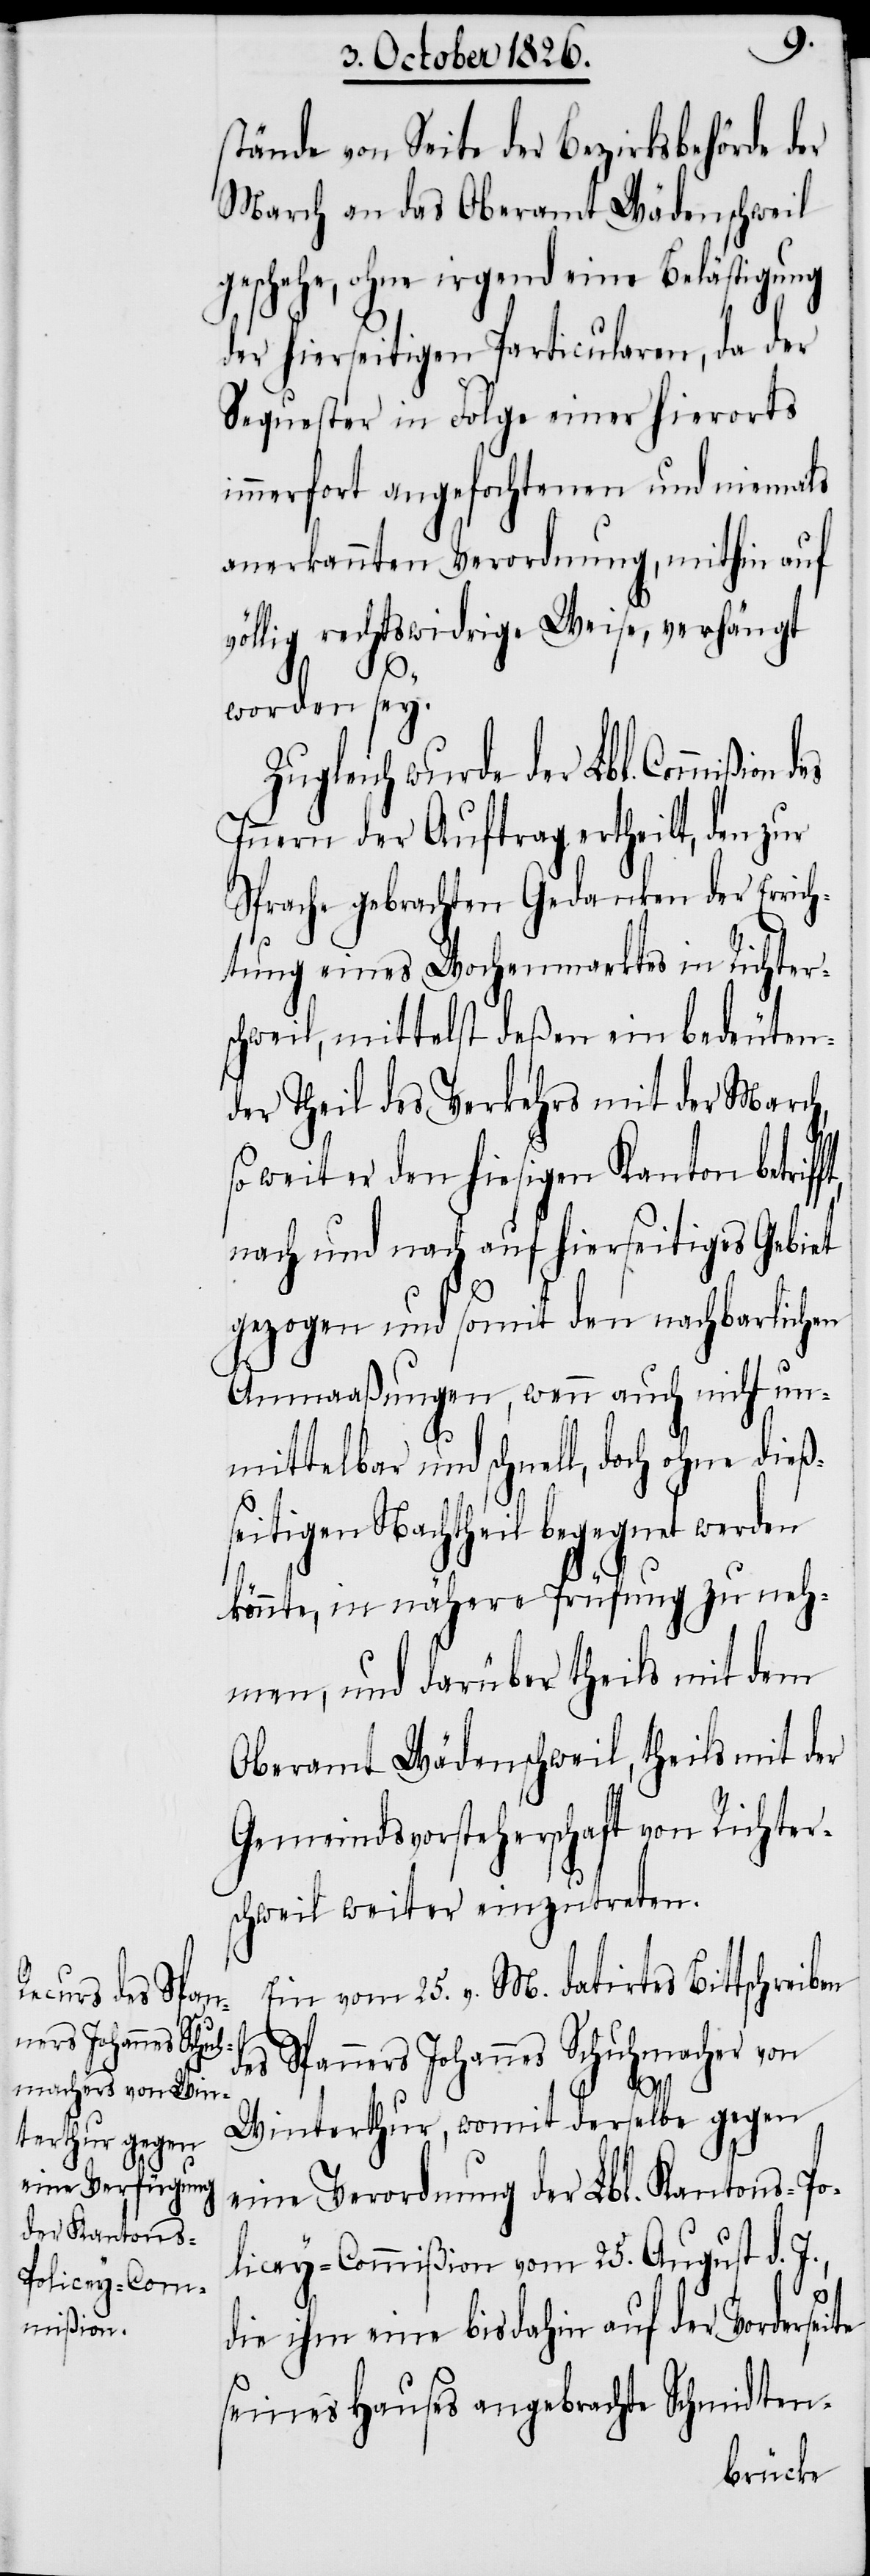
stände von Seite der Bezirksbehörde der
March an das Oberamt Wädenschweil
geschehe, ohne irgend eine Belästigung
der hierseitigen Particularen, da der
Sequester in Folge einer hierorts
immerfort angefochtenen und niemals
anerkannten Verordnung, mithin auf
völlig rechtswidrige Weise, verhängt
worden sey.
Zugleich wurde der Lbl. Commißion
Innern der Auftrag ertheilt, den zur
Sprache gebrachten Gedanken der Errich¬
tung eines Wochenmarktes in Richter¬
schweil, mittelst deßen ein bedeuten¬
der Theil des Verkehrs mit der March,
so weit er den hiesigen Kanton betrif¬
nach und nach auf hierseitiges Gebiet
gezogen und somit den nachbarlichen
Anmaaßungen, wenn auch nicht un¬
mittelbar und schnell, doch ohne dieß¬
seitigen Nachtheil begegnet werden
könnte, in nähere Prüfung zu neh¬
men, und darüber theils mit dem
Oberamt Wädenschweil, theils mit der
Gemeindrathsvorsteherschaft von Richter¬
schweil weiter einzutreten.
Ein vom 25. v. M. datirtes Bittschreiben
des Spanners Johannes Schuhmacher von
eite
Winterthur, womit derselbe gegen
eine Verordnung der Lbl. Kantons-Po¬
licey-Commißion vom 25. August d.
die ihm eine bisdahin auf der Vorders¬
seines Hauses angebrachte Schmidten-